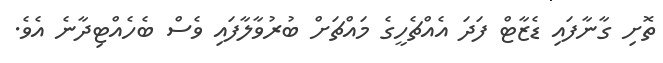
ތޮށި ގާނާފައި ޑެޒާޓް ފަދަ އެއްޗެހީގެ މައްޗަށް ބުރުވާލާފައި ވެސް ބެހެއްޓިދާނެ އެވެ.